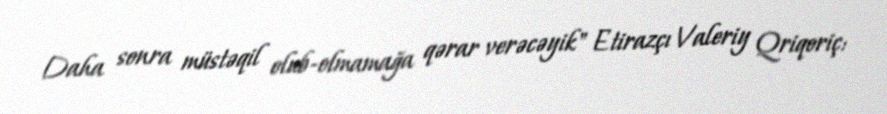
Daha sonra müstəqil olub-olmamağa qərar verəcəyik" Etirazçı Valeriy Qriqoriç: